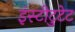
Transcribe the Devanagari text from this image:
इंस्टीटुटेट